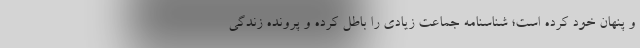
و پنهان خود کرده است؛ شناسنامه جماعت زیادی را باطل کرده و پرونده زندگی